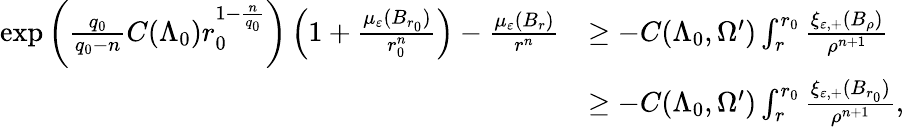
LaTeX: \begin{array}{rl}{\exp\left(\frac{q_{0}}{q_{0}-n}C(\Lambda_{0})r_{0}^{1-\frac{n}{q_{0}}}\right)\left(1+\frac{\mu_{\varepsilon}(B_{r_{0}})}{r_{0}^{n}}\right)-\frac{\mu_{\varepsilon}(B_{r})}{r^{n}}}&{\geq-C(\Lambda_{0},\Omega^{\prime})\int_{r}^{r_{0}}\frac{\xi_{\varepsilon,+}(B_{\rho})}{\rho^{n+1}}}\\ &{\geq-C(\Lambda_{0},\Omega^{\prime})\int_{r}^{r_{0}}\frac{\xi_{\varepsilon,+}(B_{r_{0}})}{\rho^{n+1}},}\end{array}